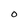
Character: O